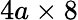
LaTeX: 4a\times 8